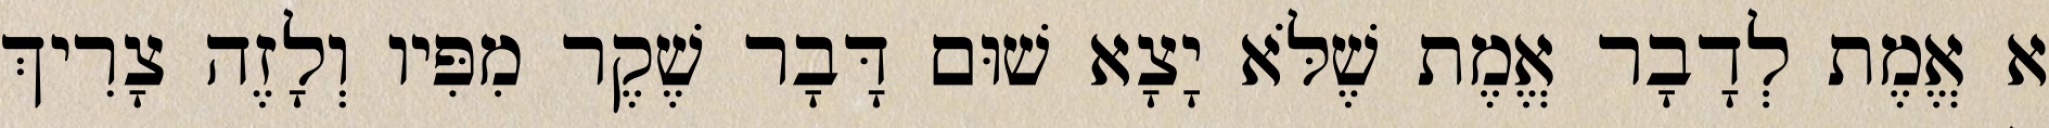
א אֱמֶת לְדָבָר אֱמֶת שֶׁלֹּא יָצָא שׁוּם דָּבָר שֶׁקֶר מִפִּיו וְלָזֶה צָרִיךְ